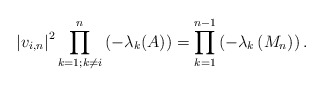
\begin{align*} \left|v_{i, n}\right|^{2} \prod_{k=1 ; k \neq i}^{n}\left(-\lambda_{k}(A)\right)=\prod_{k=1}^{n-1}\left(-\lambda_{k}\left(M_{n}\right)\right) . \end{align*}